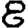
Digit: 8